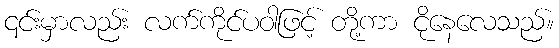
၎င်းမှာလည်း လက်ကိုင်ပဝါဖြင့် တို့ကာ ငိုနေလေသည်။